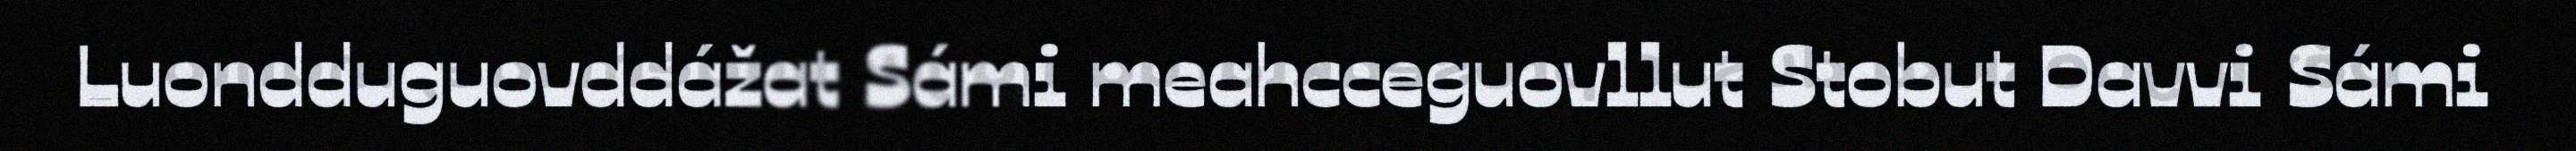
Luondduguovddážat Sámi meahcceguovllut Stobut Davvi Sámi